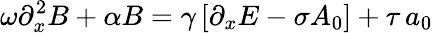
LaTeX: \omega\partial_{x}^{2}B+\alpha B=\gamma\left[\partial_{x}E-\sigma A_{0}\right]+\tau\, a_{0}